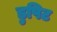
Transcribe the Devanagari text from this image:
डुपिट